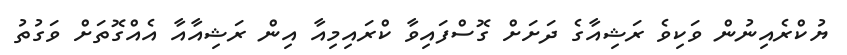
ޔުކްރެއިނުން ވަކިވެ ރަޝިއާގެ ދަށަށް ގޮސްފައިވާ ކްރައިމިއާ އިން ރަޝިއާއާ އެއްގޮތަށް ވަގުތު